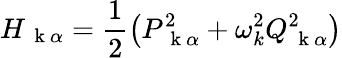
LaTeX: H_{\mathrm{~\mathbf~k~}\alpha}=\frac{1}{2}\left(P_{\mathrm{~\mathbf~k~}\alpha}^{2}+\omega_{k}^{2}Q_{\mathrm{~\mathbf~k~}\alpha}^{2}\right)